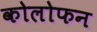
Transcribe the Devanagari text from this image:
कोलोफन